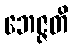
ဘေဇ္ဇတိ